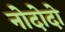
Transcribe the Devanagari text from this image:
नोदोदो